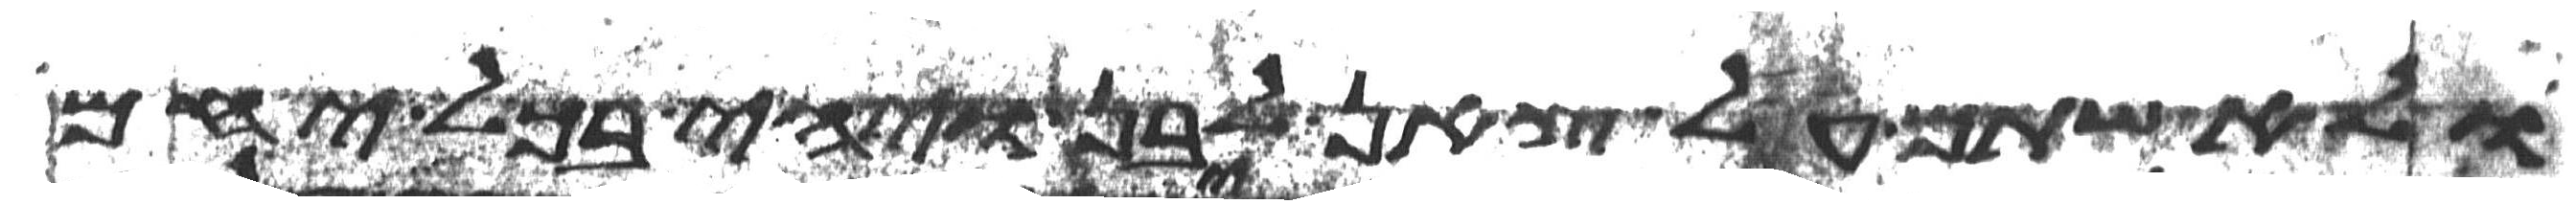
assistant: ולא שתם על צאן לבן ויהי בכל יחם